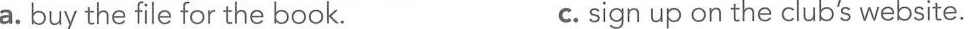
a. buy the file for the book. c. sign up on the club's website.